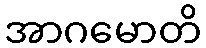
အာဂမောတိ